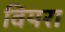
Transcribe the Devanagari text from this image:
वियरा